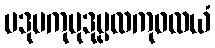
ပဒုမကုမုဒုပ္ပလကုဝလယံ